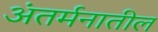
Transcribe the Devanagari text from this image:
अंतर्मनातील